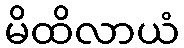
မိထိလာယံ